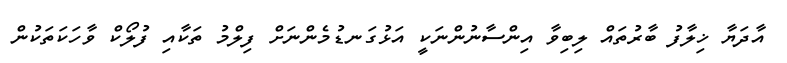
އާދަޔާ ޚިލާފު ބާރުތައް ލިބިވާ އިންސާނުންނަކީ އަޅުގަނޑުމެންނަށް ފިލްމު ތަކާއި ފުލޯކް ވާހަކަތަކުން